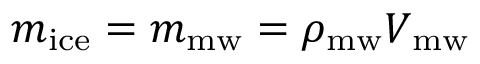
m _ { \mathrm { i c e } } = m _ { \mathrm { m w } } = \rho _ { \mathrm { m w } } V _ { \mathrm { m w } }